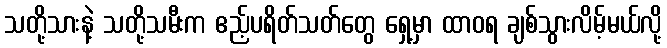
သတို့သားနဲ့ သတို့သမီးက ဧည့်ပရိတ်သတ်တွေ ရှေ့မှာ ထာဝရ ချစ်သွားလိမ့်မယ်လို့